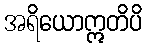
အရိယောဣတိပိ